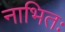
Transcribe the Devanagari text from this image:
नाभितः